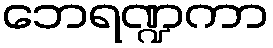
ဘေရဏ္ဍကာ